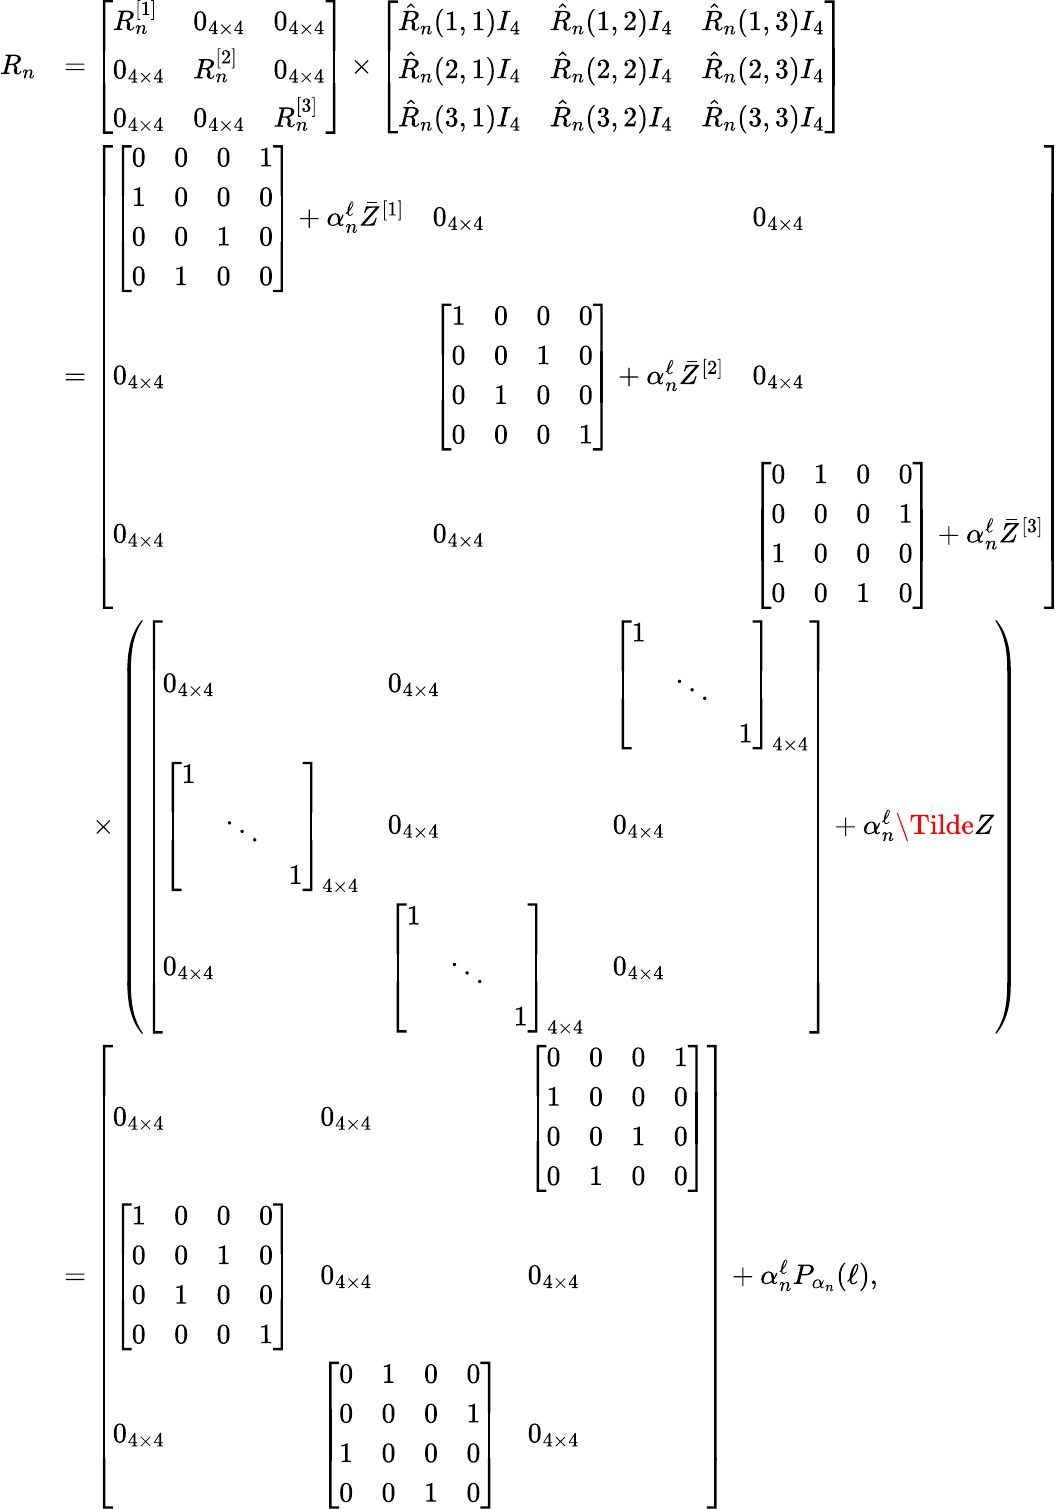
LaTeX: \begin{array}{rl}{R_{n}}&{=\left[\begin{array}{lll}{R_{n}^{[1]}}&{0_{4\times 4}}&{0_{4\times 4}}\\ {0_{4\times 4}}&{R_{n}^{[2]}}&{0_{4\times 4}}\\ {0_{4\times 4}}&{0_{4\times 4}}&{R_{n}^{[3]}}\end{array}\right]\times\left[\begin{array}{lll}{\hat{R}_{n}(1,1)I_{4}}&{\hat{R}_{n}(1,2)I_{4}}&{\hat{R}_{n}(1,3)I_{4}}\\ {\hat{R}_{n}(2,1)I_{4}}&{\hat{R}_{n}(2,2)I_{4}}&{\hat{R}_{n}(2,3)I_{4}}\\ {\hat{R}_{n}(3,1)I_{4}}&{\hat{R}_{n}(3,2)I_{4}}&{\hat{R}_{n}(3,3)I_{4}}\end{array}\right]}\\ &{=\left[\begin{array}{lll}{\left[\begin{array}{llll}{0}&{0}&{0}&{1}\\ {1}&{0}&{0}&{0}\\ {0}&{0}&{1}&{0}\\ {0}&{1}&{0}&{0}\end{array}\right]+\alpha_{n}^{\ell}\bar{Z}^{[1]}}&{0_{4\times 4}}&{0_{4\times 4}}\\ {0_{4\times 4}}&{\left[\begin{array}{llll}{1}&{0}&{0}&{0}\\ {0}&{0}&{1}&{0}\\ {0}&{1}&{0}&{0}\\ {0}&{0}&{0}&{1}\end{array}\right]+\alpha_{n}^{\ell}\bar{Z}^{[2]}}&{0_{4\times 4}}\\ {0_{4\times 4}}&{0_{4\times 4}}&{\left[\begin{array}{llll}{0}&{1}&{0}&{0}\\ {0}&{0}&{0}&{1}\\ {1}&{0}&{0}&{0}\\ {0}&{0}&{1}&{0}\end{array}\right]+\alpha_{n}^{\ell}\bar{Z}^{[3]}}\end{array}\right]}\\ &{\quad\times\left(\left[\begin{array}{lll}{0_{4\times 4}}&{0_{4\times 4}}&{\left[\begin{array}{lll}{1}&&\\ &{\ddots}&\\ &&{1}\end{array}\right]_{4\times 4}}\\ {\left[\begin{array}{lll}{1}&&\\ &{\ddots}&\\ &&{1}\end{array}\right]_{4\times 4}}&{0_{4\times 4}}&{0_{4\times 4}}\\ {0_{4\times 4}}&{\left[\begin{array}{lll}{1}&&\\ &{\ddots}&\\ &&{1}\end{array}\right]_{4\times 4}}&{0_{4\times 4}}\end{array}\right]+\alpha_{n}^{\ell}\Tilde{Z}\right)}\\ &{=\left[\begin{array}{lll}{0_{4\times 4}}&{0_{4\times 4}}&{\left[\begin{array}{llll}{0}&{0}&{0}&{1}\\ {1}&{0}&{0}&{0}\\ {0}&{0}&{1}&{0}\\ {0}&{1}&{0}&{0}\end{array}\right]}\\ {\left[\begin{array}{llll}{1}&{0}&{0}&{0}\\ {0}&{0}&{1}&{0}\\ {0}&{1}&{0}&{0}\\ {0}&{0}&{0}&{1}\end{array}\right]}&{0_{4\times 4}}&{0_{4\times 4}}\\ {0_{4\times 4}}&{\left[\begin{array}{llll}{0}&{1}&{0}&{0}\\ {0}&{0}&{0}&{1}\\ {1}&{0}&{0}&{0}\\ {0}&{0}&{1}&{0}\end{array}\right]}&{0_{4\times 4}}\end{array}\right]+\alpha_{n}^{\ell}P_{\alpha_{n}}(\ell),}\end{array}